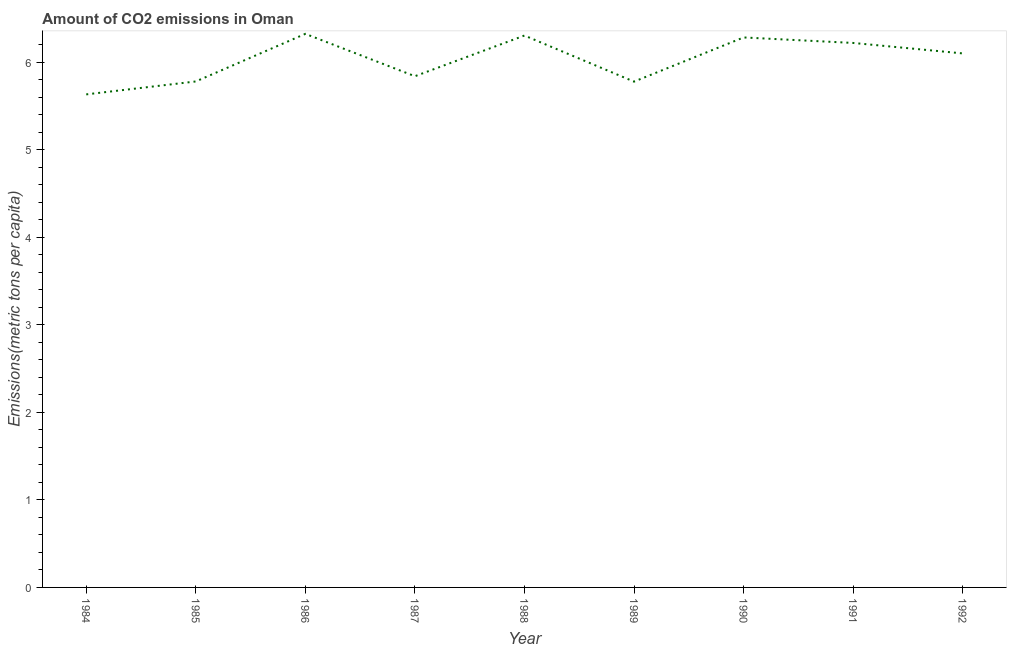
| Year | CO2 emissions |
 | --- | --- |
 | 1984 | 5.63 |
 | 1985 | 5.78 |
 | 1986 | 6.32 |
 | 1987 | 5.84 |
 | 1988 | 6.3 |
 | 1989 | 5.78 |
 | 1990 | 6.28 |
 | 1991 | 6.22 |
 | 1992 | 6.1 |